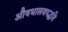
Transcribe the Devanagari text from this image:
औषधालयपद्धति